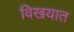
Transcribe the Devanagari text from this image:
विखयात